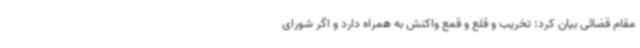
مقام قضائی بیان کرد: تخریب و قلع و قمع واکنش به همراه دارد و اگر شورای